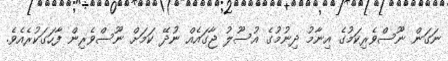
ނަގަން ނޫސްވެރިކަމުގެ އިނާމު ދިނުމުގެ އުސޫލު ޖާގައެއް ނުދޭ ކަމަށް ނޫސްވެރިން ފާހަގަކުރެއެވެ.